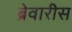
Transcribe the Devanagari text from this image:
ब्रेवारीस